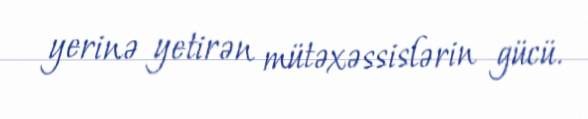
yerinə yetirən mütəxəssislərin gücü.